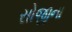
સોજીના